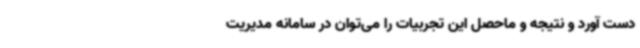
دست آورد و نتیجه و ماحصل این تجربیات را می‌توان در سامانه مدیریت